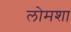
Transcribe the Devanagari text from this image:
लोमशा